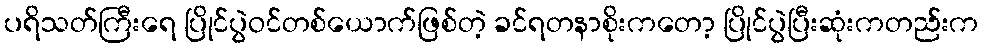
ပရိသတ်ကြီးရေ ပြိုင်ပွဲဝင်တစ်ယောက်ဖြစ်တဲ့ ခင်ရတနာစိုးကတော့ ပြိုင်ပွဲပြီးဆုံးကတည်းက